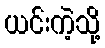
ယင်းကဲ့သို့